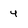
Character: 4